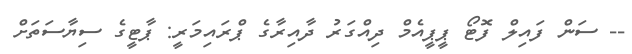
-- ސަން ފައިލް ފޮޓޯ ޕީޕީއެމް ދިއްގަރު ދާއިރާގެ ޕްރައިމަރީ: ޕާޓީގެ ސިޔާސަތަށް